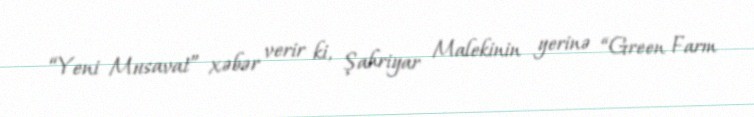
“Yeni Musavat” xəbər verir ki, Şahriyar Malekinin yerinə “Green Farm